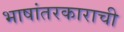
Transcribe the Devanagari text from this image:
भाषांतरकाराची